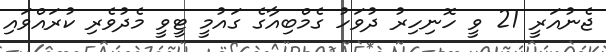
ޖެނުއަރީ 21 ވީ ހޮނިހިރު ދުވަހު ގެމްބިއާގެ ގައުމީ ޓީވީ މެދުވެރި ކުރައްވައި